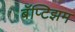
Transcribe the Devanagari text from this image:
बॅप्टिझम